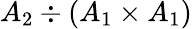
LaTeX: A_{2}\div(A_{1}\times A_{1})